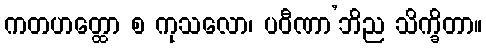
ကတဟတ္ထော စ ကုသလော၊ ပဝီဏာ’ဘိည သိက္ခိတာ။